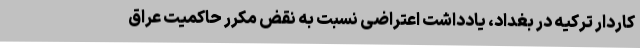
کاردار ترکیه در بغداد، یادداشت اعتراضی نسبت به نقض مکرر حاکمیت عراق